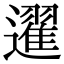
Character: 䢰